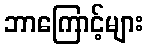
ဘာကြောင့်များ